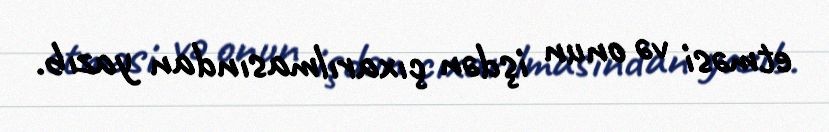
etməsi və onun işdən çıxarılmasından yazıb.